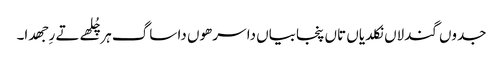
جدوں گندلاں نکلدیاں تاں پنجابیاں دا سرھوں دا ساگ ہر چُلھے تے رِجھدا۔